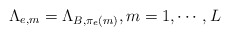
\begin{align*}\Lambda_{e,m}=\Lambda_{B,\pi_{e}\left(m\right)},m=1,\cdots,L\end{align*}